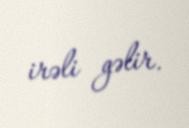
irəli gəlir.